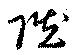
贓